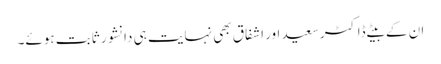
ان کے بیٹے ڈاکٹرسعید اور اشفاق بھی نہایت ہی دانشور ثابت ہوئے۔